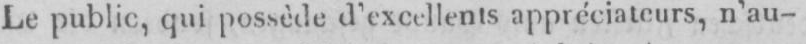
Le public, qui possède d’excellents appréciateurs, n’au-